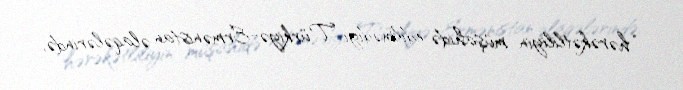
“hərəkətliliyin müşahidə edilmədiyi Türkiyə-Ermənistan əlaqələrində,